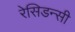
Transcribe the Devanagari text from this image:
रेसिडन्सी